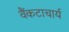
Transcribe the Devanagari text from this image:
वैंकटाचार्य